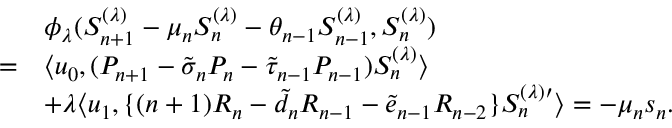
\begin{array} { r l } & { \phi _ { \lambda } ( S _ { n + 1 } ^ { ( \lambda ) } - \mu _ { n } S _ { n } ^ { ( \lambda ) } - \theta _ { n - 1 } S _ { n - 1 } ^ { ( \lambda ) } , S _ { n } ^ { ( \lambda ) } ) } \\ { = } & { \langle u _ { 0 } , ( P _ { n + 1 } - \tilde { \sigma } _ { n } P _ { n } - \tilde { \tau } _ { n - 1 } P _ { n - 1 } ) S _ { n } ^ { ( \lambda ) } \rangle } \\ & { + \lambda \langle u _ { 1 } , \{ ( n + 1 ) R _ { n } - \tilde { d } _ { n } R _ { n - 1 } - \tilde { e } _ { n - 1 } R _ { n - 2 } \} S _ { n } ^ { ( \lambda ) \prime } \rangle = - \mu _ { n } s _ { n } . } \end{array}